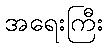
အရေးကြီး